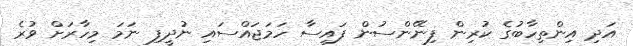
އަދި އިންތިހާބުގެ ކުރިން ފިނޭންސުން ފައިސާ ހަމަޖައްސައި ނުދީފި ނަމަ މިހާރަށް ވުރެ